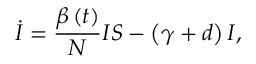
\dot { I } = \frac { \beta \left( t \right) } N I S - \left( \gamma + d \right) I ,